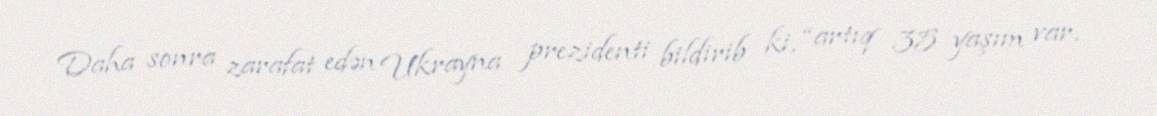
Daha sonra zarafat edən Ukrayna prezidenti bildirib ki, “artıq 35 yaşım var,